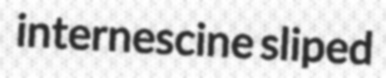
internescine sliped